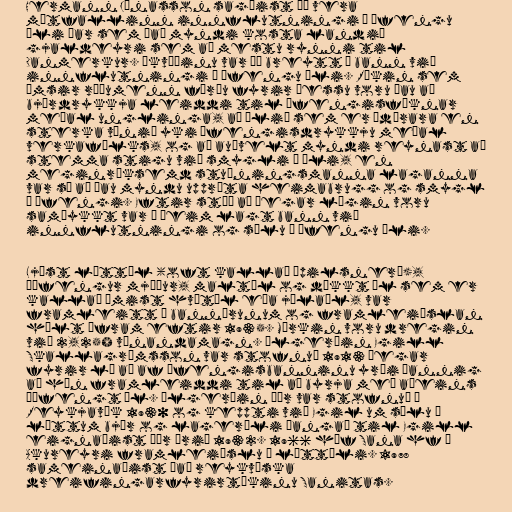
Hermann Jónasson sagðist þá vera
mótfallinn innflutningi á áfengu
öli þar sem það myndi kosta landið
gjaldeyri sem að mestu rynni til
Danmerkur. Ákvæðinu var þá breytt í bann við
innflutningi á áfengu öli. Rökin sem
ýmsir ræðumenn færðu fyrir þessu voru þau að
bjórdrykkja leiddi til áfengisfíknar
meðal unglinga, að ölið sem er ódýrara en
sterka vínið yki áfengisdrykkju meðal
verkafólks, og að auðvelt myndi reynast að
stemma stigu við smygli á öli, en
meginröksemd stuðningsmanna laganna
var sú að þau myndu uppræta heimabrugg og smygl
á áfengi. Eftir stóð að þegar lögin voru
samþykkt var í þeim lagt bann við
innflutningi og sölu á áfengu öli.

Ljóst léttöl (oft kallað „pilsner“),
óáfengur mjöður, maltöl og dökkt öl sem er
kallað ýmist hvítöl eða jólaöl, var
framleitt á bannárunum og framleiðslan
hélt áfram eftir 1935. Mörkin voru dregin
við 2,25% vínandamagn. Ölgerðin Egill
Skallagrímsson var stofnuð 1913 þegar
fyrir lá að af áfengisbanninu yrði þannig
að hún framleiddi til að byrja með aðeins
óáfengt öl. Ölgerðin Þór var stofnuð í
Reykjavík 1930 og keppti við Egil um sölu á
léttum bjór og lageröli þangað til Egill
eignaðist Þór árið 1932. 1966 hóf Sana hf á
Akureyri framleiðslu á léttöli. 1978
sameinaðist það reykvíska
dreifingarfyrirtækinu Sanitas.